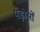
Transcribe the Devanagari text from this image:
पड़ोसों